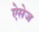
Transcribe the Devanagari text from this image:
ऐसेज